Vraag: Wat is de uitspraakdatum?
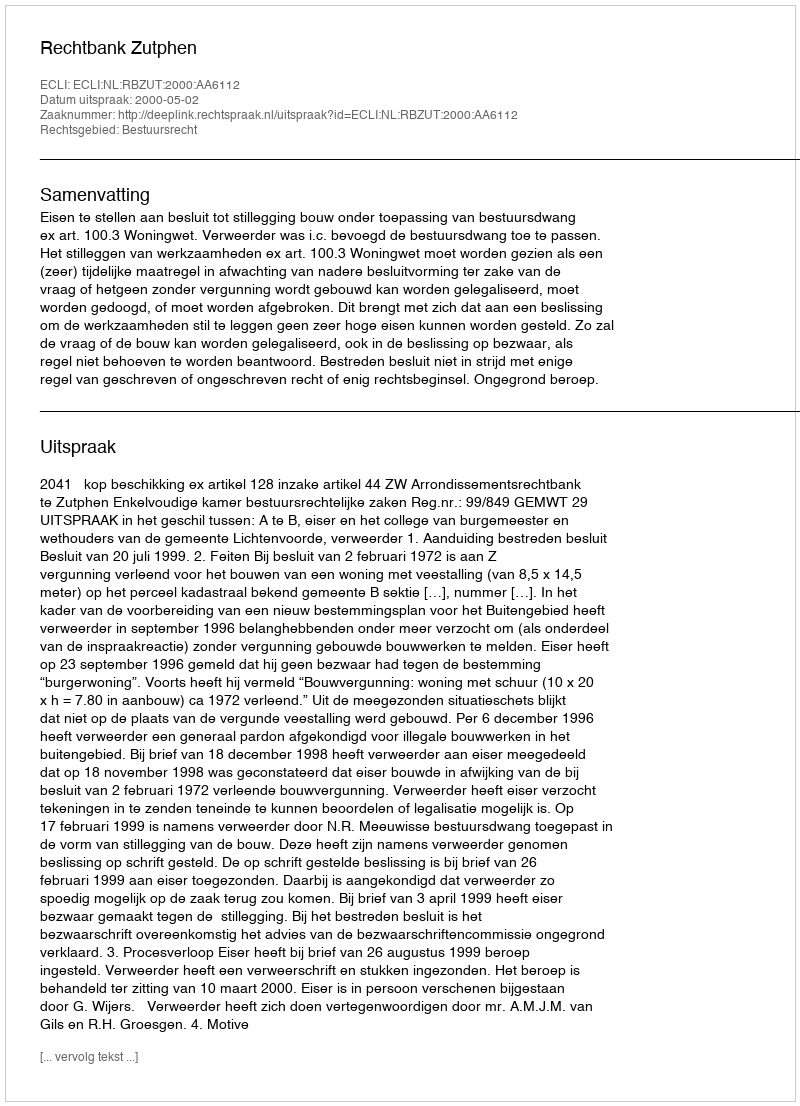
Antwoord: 2000-05-02